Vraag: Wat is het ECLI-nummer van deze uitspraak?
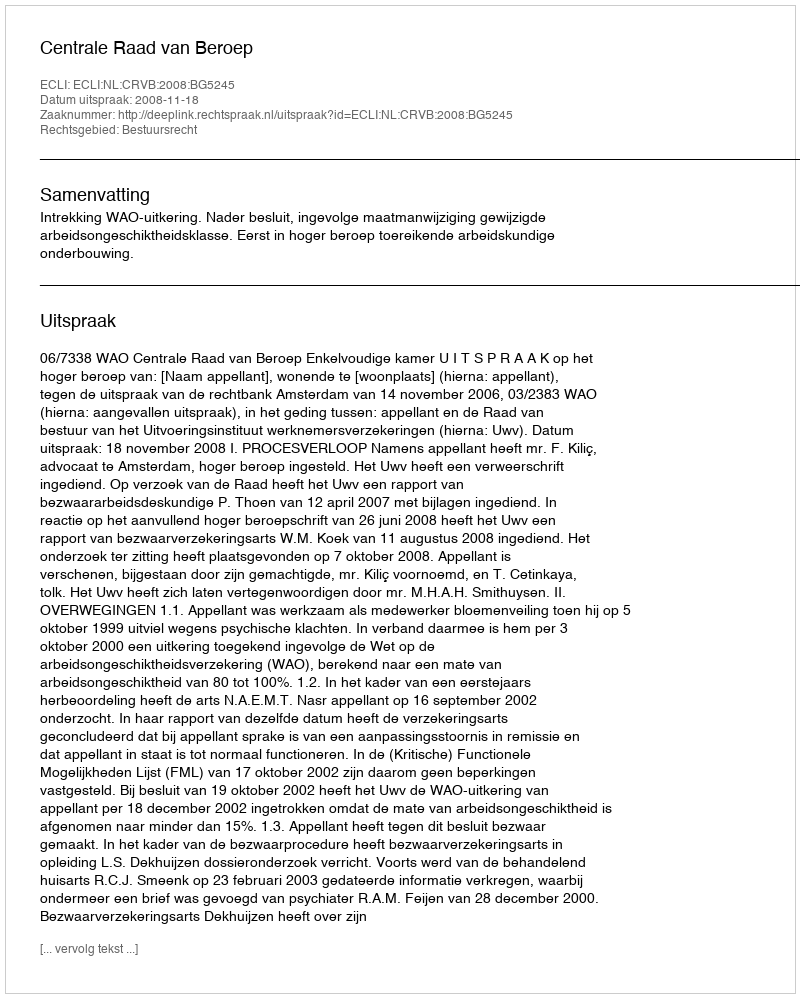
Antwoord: ECLI:NL:CRVB:2008:BG5245